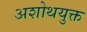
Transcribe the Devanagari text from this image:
अशोथयुक्त